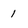
Character: 1